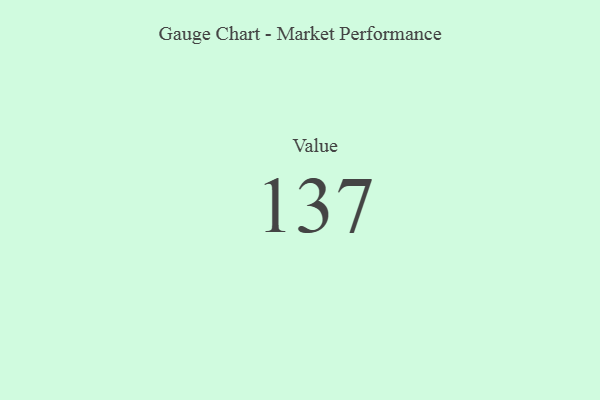
{"axis": {"x": "Metric", "y": "Value"}, "legend": [""], "data": [{"x": "Value", "y": 137, "type": ""}]}